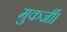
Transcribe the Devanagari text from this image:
मुकर्जी।